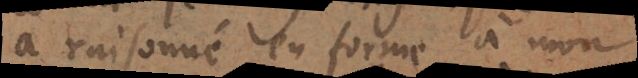
a raisonné en forme à mon